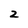
Character: 2